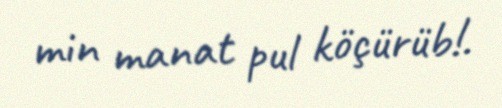
min manat pul köçürüb!.